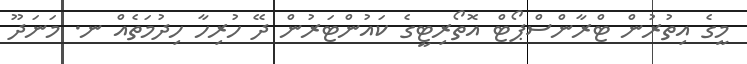
މީގެ އިތުރުން ޓްރާންސްޕޯޓް އޮތޯރިޓީގެ ކައުންޓަރުން ދޭ ހުރިހާ ހިދުމަތެއް ނ. މަނަދޫ